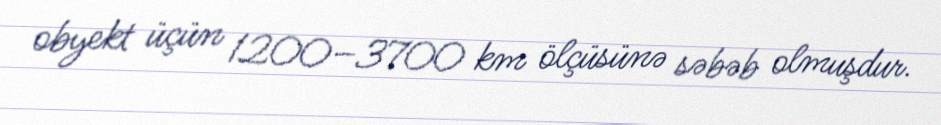
obyekt üçün 1200–3700 km ölçüsünə səbəb olmuşdur.